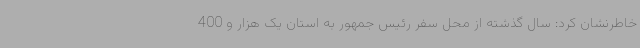
خاطرنشان کرد: سال گذشته از محل سفر رئیس جمهور به استان یک هزار و 400